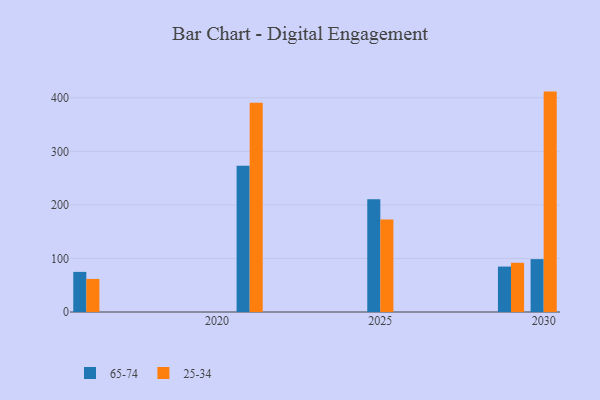
{"axis": {"x": "Year", "y": "Conversion Rate (%)"}, "legend": ["25-34", "65-74"], "data": [{"x": "2029", "y": 84.8, "type": "65-74"}, {"x": "2029", "y": 91.9, "type": "25-34"}, {"x": "2016", "y": 74.9, "type": "65-74"}, {"x": "2016", "y": 61.7, "type": "25-34"}, {"x": "2021", "y": 273.0, "type": "65-74"}, {"x": "2021", "y": 390.6, "type": "25-34"}, {"x": "2030", "y": 98.7, "type": "65-74"}, {"x": "2030", "y": 411.5, "type": "25-34"}, {"x": "2025", "y": 210.7, "type": "65-74"}, {"x": "2025", "y": 172.8, "type": "25-34"}]}